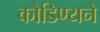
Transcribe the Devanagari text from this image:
कौडिण्यने